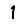
Digit: 1